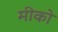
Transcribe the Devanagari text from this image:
मीको